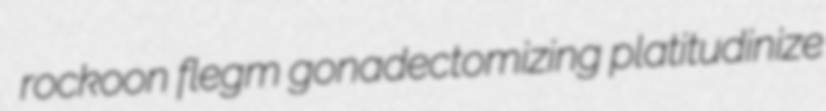
rockoon flegm gonadectomizing platitudinize